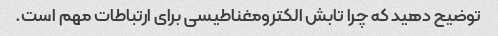
توضیح دهید که چرا تابش الکترومغناطیسی برای ارتباطات مهم است.